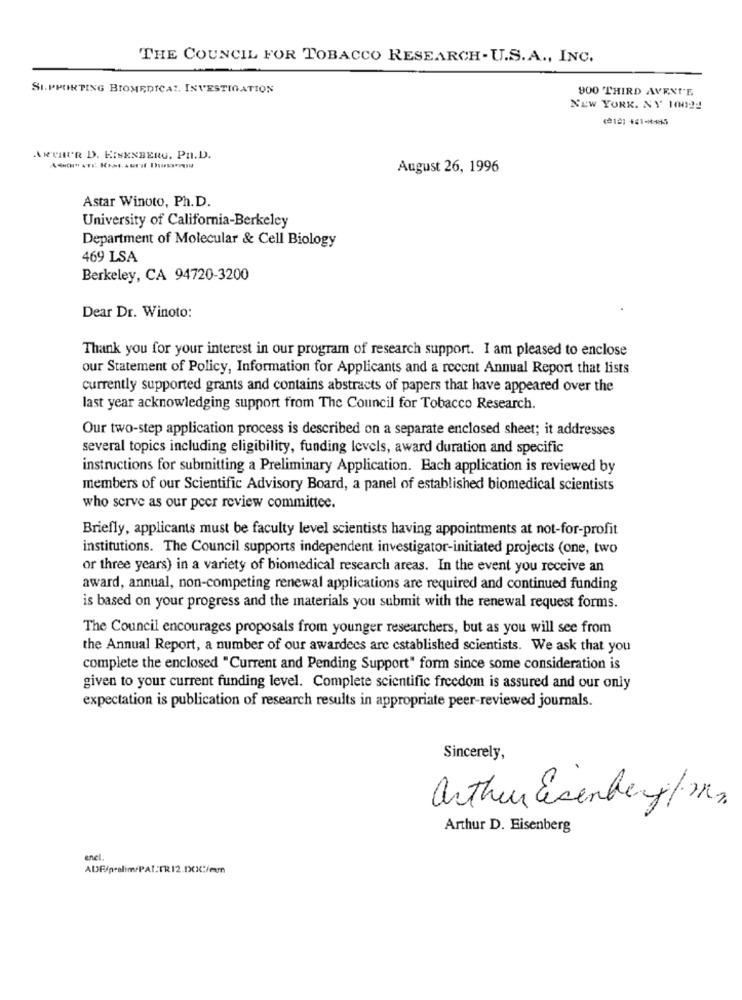
THE COUNCIL FOR TOBACCO RESEARCH-U.S. A ., INC.
SUPPORTING BIOMEDICAL. INVESTIGATION
900 THIRD AVENUE
NEW YORK, NY 10024
ARTHUR D. EISENBERG. PH.D.
August 26, 1996
Astar Winoto, Ph.D.
University of California-Berkeley
Department of Molecular & Cell Biology
469 LSA
Berkeley, CA 94720-3200
Dear Dr. Winoto:
Thank you for your interest in our program of research support. I am pleased to enclose
our Statement of Policy, Information for Applicants and a recent Annual Report that lists
currently supported grants and contains abstracts of papers that have appeared over the
last year acknowledging support from The Council for Tobacco Research.
Our two-step application process is described on a separate enclosed sheet; it addresses
several topics including eligibility, funding levels, award duration and specific
instructions for submitting a Preliminary Application. Each application is reviewed by
members of our Scientific Advisory Board, a panel of established biomedical scientists
who serve as our peer review committee.
Briefly, applicants must be faculty level scientists having appointments at not-for-profit
institutions. The Council supports independent investigator-initiated projects (one, two
or three years) in a variety of biomedical research areas. In the event you receive an
award, annual, non-competing renewal applications are required and continued funding
is based on your progress and the materials you submit with the renewal request forms.
The Council encourages proposals from younger researchers, but as you will see from
the Annual Report, a number of our awardees are established scientists. We ask that you
complete the enclosed "Current and Pending Support" form since some consideration is
given to your current funding level. Complete scientific freedom is assured and our only
expectation is publication of research results in appropriate peer-reviewed journals.
Sincerely,
arthur Esente g/m3.
Arthur D. Eisenberg
enel.